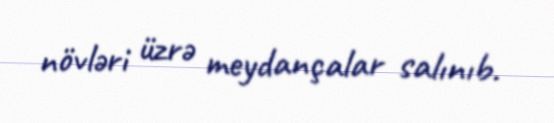
növləri üzrə meydançalar salınıb.